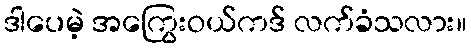
ဒါပေမဲ့ အကြွေးဝယ်ကဒ် လက်ခံသလား။